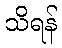
သိရန်